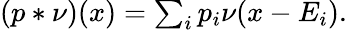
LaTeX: \begin{array}{r}{(p\ast\nu)(x)=\sum_{i}p_{i}\nu(x-E_{i}).}\end{array}